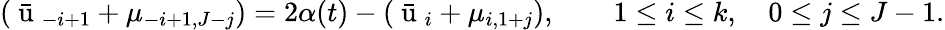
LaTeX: (\bar{\mathrm{~u~}}_{-i+1}+\mu_{-i+1,J-j})=2\alpha(t)-(\bar{\mathrm{~u~}}_{i}+\mu_{i,1+j}),\qquad 1\leq i\leq k,\quad 0\leq j\leq J-1.